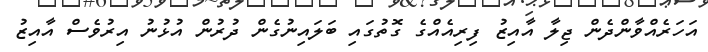
އަހަރެއްވާންދެން ޖިލާ އާއިޒު ފިރިއެއްގެ ގޮތުގައި ބަލައިނުގެން ދުރުން އުޅުނު އިރުވެސް އާއިޒު